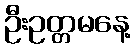
ဦးဥတ္တမနေ့